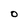
Character: o